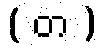
( တ )